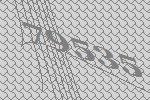
79535